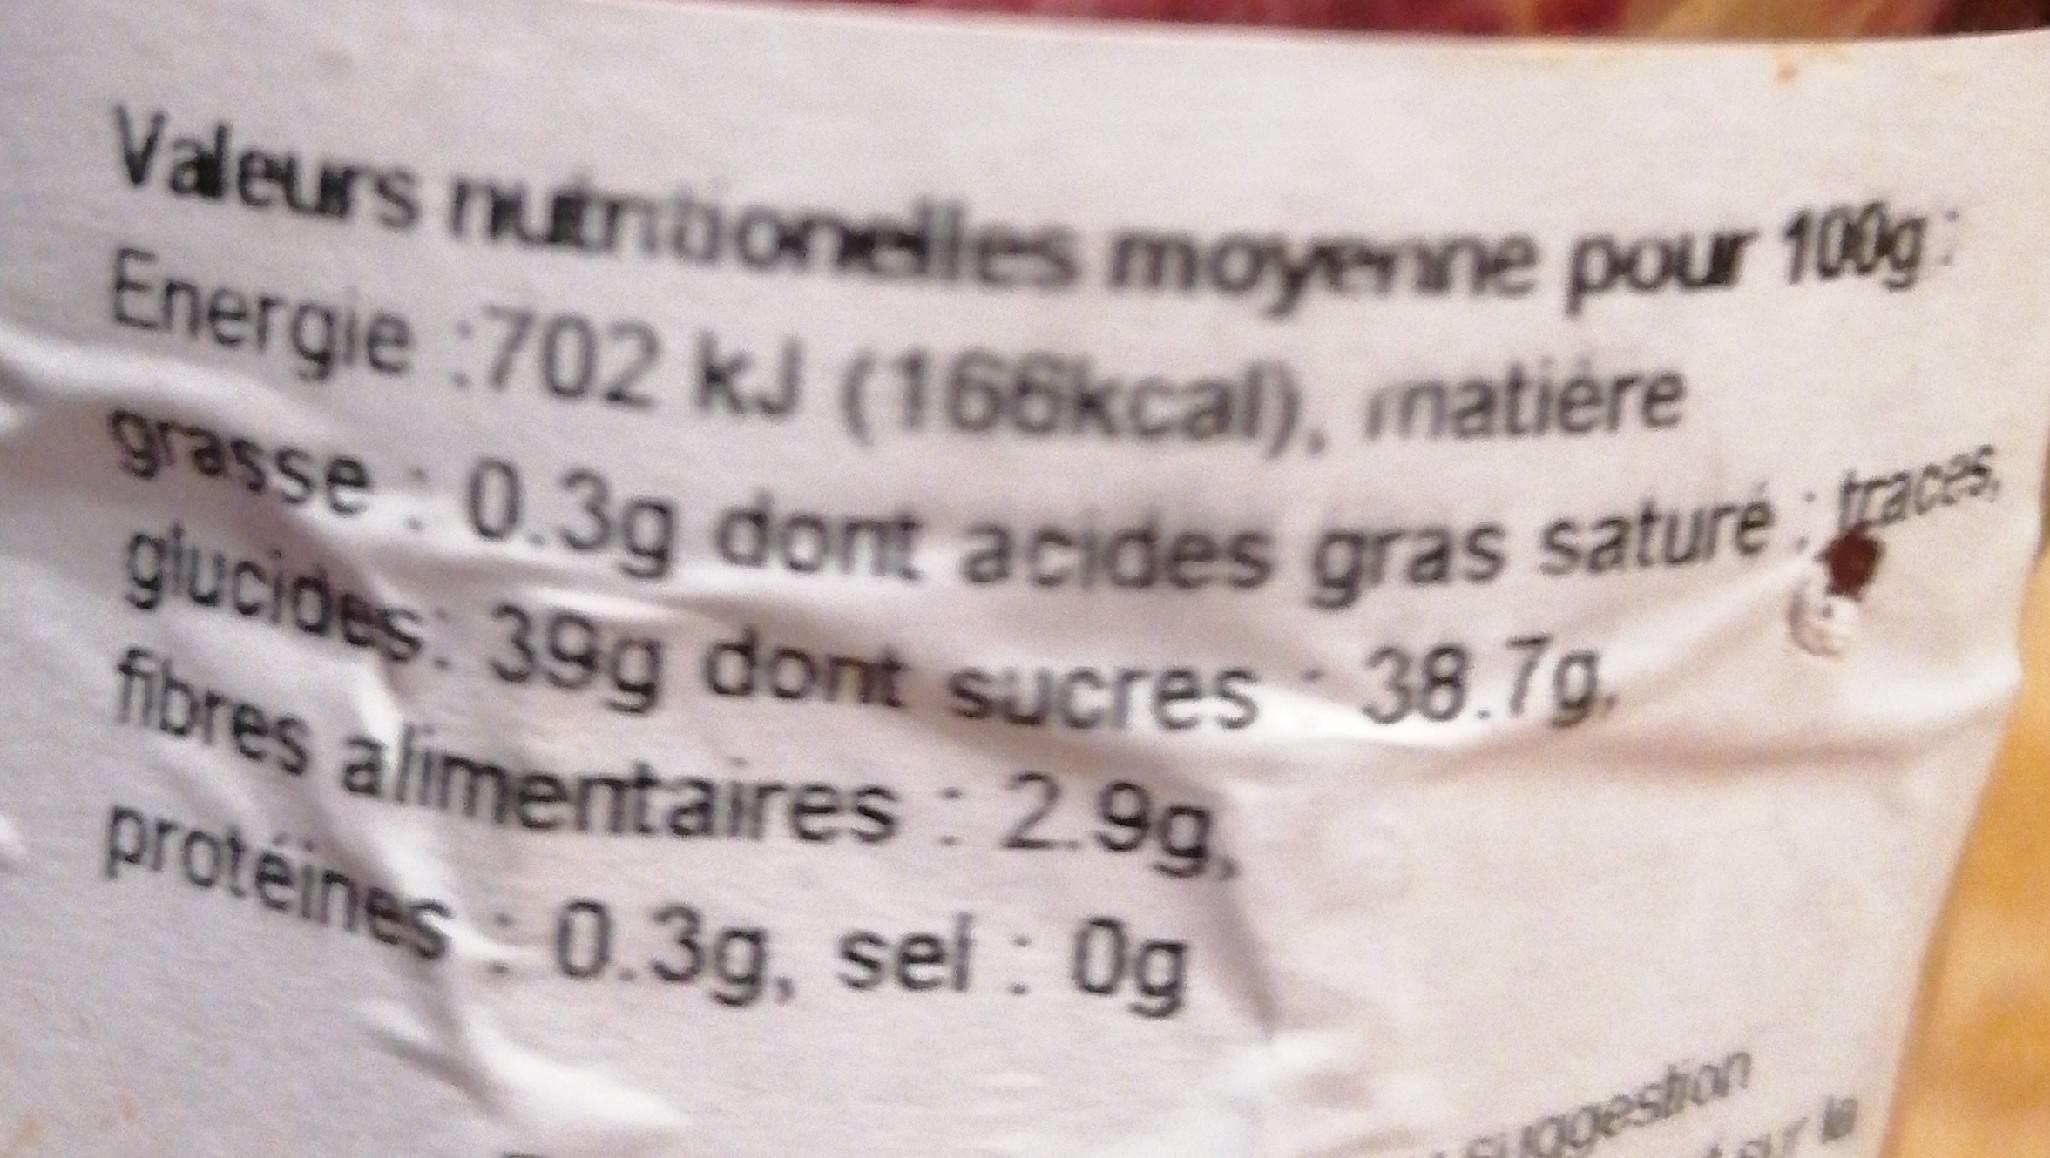
Valeurs nutnibonelles moyenne pour 100g: Energie :702 kJ (166kcal), natière
grasse: 0.3a dont acides gras sature gras glucides: 39g dont sucres 38.7g. fibres alimentaires : 2.9g,
protéines: 0.3g, sei : 0g
ngeston